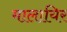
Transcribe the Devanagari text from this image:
मालायिर